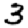
Digit: 3